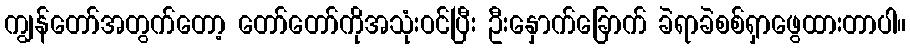
ကျွန်တော်အတွက်တော့ တော်တော်ကိုအသုံးဝင်ပြီး ဦးနှောက်ခြောက် ခဲရာခဲစစ်ရှာဖွေထားတာပါ။